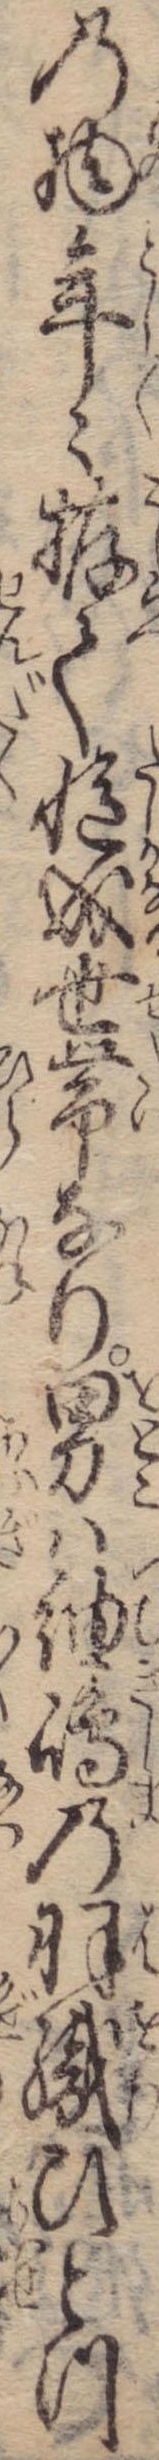
の物年々拵て慥成世帯なり男は紬島の羽織ひとつ